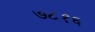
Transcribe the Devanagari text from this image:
७८१६